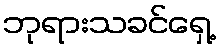
ဘုရားသခင်ရှေ့